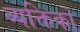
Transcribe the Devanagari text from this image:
व्यक्तिको